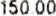
150.00